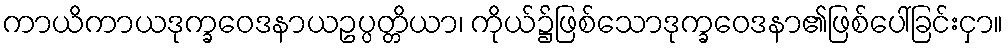
ကာယိကာယဒုက္ခဝေဒနာယဥပ္ပတ္တိယာ၊ ကိုယ်၌ဖြစ်သောဒုက္ခဝေဒနာ၏ဖြစ်ပေါ်ခြင်းငှာ။